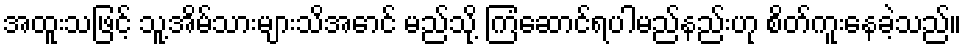
အထူးသဖြင့် သူ့အိမ်သားများသိအောင် မည်သို့ ကြံဆောင်ရပါမည်နည်းဟု စိတ်ကူးနေခဲ့သည်။